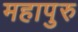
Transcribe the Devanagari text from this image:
महापुरु